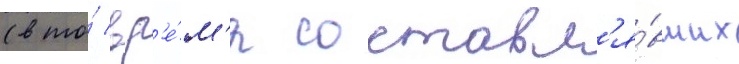
(в то́ вр'е́м'я составл'я́вших